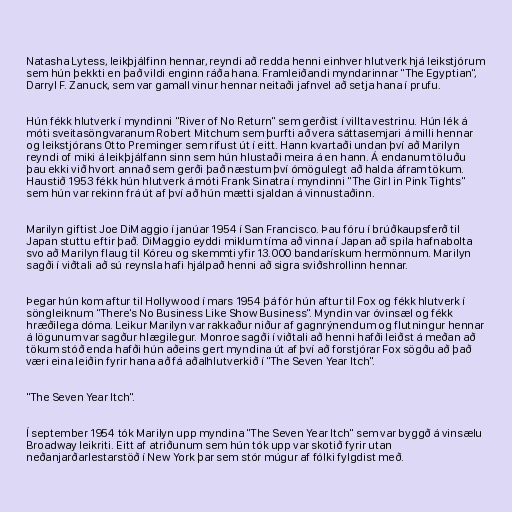
Natasha Lytess, leikþjálfinn hennar, reyndi að redda henni einhver hlutverk hjá leikstjórum
sem hún þekkti en það vildi enginn ráða hana. Framleiðandi myndarinnar "The Egyptian",
Darryl F. Zanuck, sem var gamall vinur hennar neitaði jafnvel að setja hana í prufu.

Hún fékk hlutverk í myndinni "River of No Return" sem gerðist í villta vestrinu. Hún lék á
móti sveitasöngvaranum Robert Mitchum sem þurfti að vera sáttasemjari á milli hennar
og leikstjórans Otto Preminger sem rifust út í eitt. Hann kvartaði undan því að Marilyn
reyndi of miki á leikþjálfann sinn sem hún hlustaði meira á en hann. Á endanum töluðu
þau ekki við hvort annað sem gerði það næstum því ómögulegt að halda áfram tökum.
Haustið 1953 fékk hún hlutverk á móti Frank Sinatra í myndinni "The Girl in Pink Tights"
sem hún var rekinn frá út af því að hún mætti sjaldan á vinnustaðinn.

Marilyn giftist Joe DiMaggio í janúar 1954 í San Francisco. Þau fóru í brúðkaupsferð til
Japan stuttu eftir það. DiMaggio eyddi miklum tíma að vinna í Japan að spila hafnabolta
svo að Marilyn flaug til Kóreu og skemmti yfir 13.000 bandarískum hermönnum. Marilyn
sagði í viðtali að sú reynsla hafi hjálpað henni að sigra sviðshrollinn hennar.

Þegar hún kom aftur til Hollywood í mars 1954 þá fór hún aftur til Fox og fékk hlutverk í
söngleiknum "There's No Business Like Show Business". Myndin var óvinsæl og fékk
hræðilega dóma. Leikur Marilyn var rakkaður niður af gagnrýnendum og flutningur hennar
á lögunum var sagður hlægilegur. Monroe sagði í viðtali að henni hafði leiðst á meðan að
tökum stóð enda hafði hún aðeins gert myndina út af því að forstjórar Fox sögðu að það
væri eina leiðin fyrir hana að fá aðalhlutverkið í "The Seven Year Itch".

"The Seven Year Itch".

Í september 1954 tók Marilyn upp myndina "The Seven Year Itch" sem var byggð á vinsælu
Broadway leikriti. Eitt af atriðunum sem hún tók upp var skotið fyrir utan
neðanjarðarlestarstöð í New York þar sem stór múgur af fólki fylgdist með.